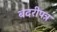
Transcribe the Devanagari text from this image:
बदरीपत्र